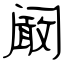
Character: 阚